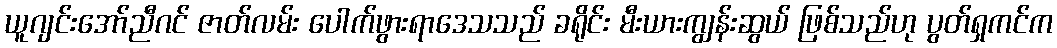
ယူဂျင်းအော်ညီဂင် ဇာတ်လမ်း ပေါက်ဖွားရာဒေသသည် ခရိုင်း မီးယားကျွန်းဆွယ် ဖြစ်သည်ဟု ပွတ်ရှကင်က